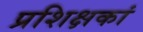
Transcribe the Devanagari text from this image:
प्रशिक्षकां